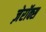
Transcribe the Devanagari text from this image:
ज़ेरॉक्स